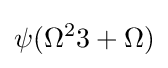
\psi (\Omega ^{2}3+\Omega )